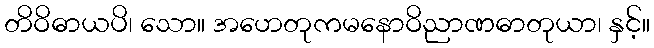
တိဝိဓာယပိ၊ သော။ အဟေတုကမနောဝိညာဏဓာတုယာ၊ နှင့်။